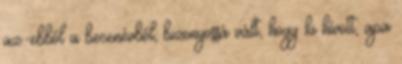
az.-ebből a becenévből, bizonyossá vált, hogy ki hívott, apa